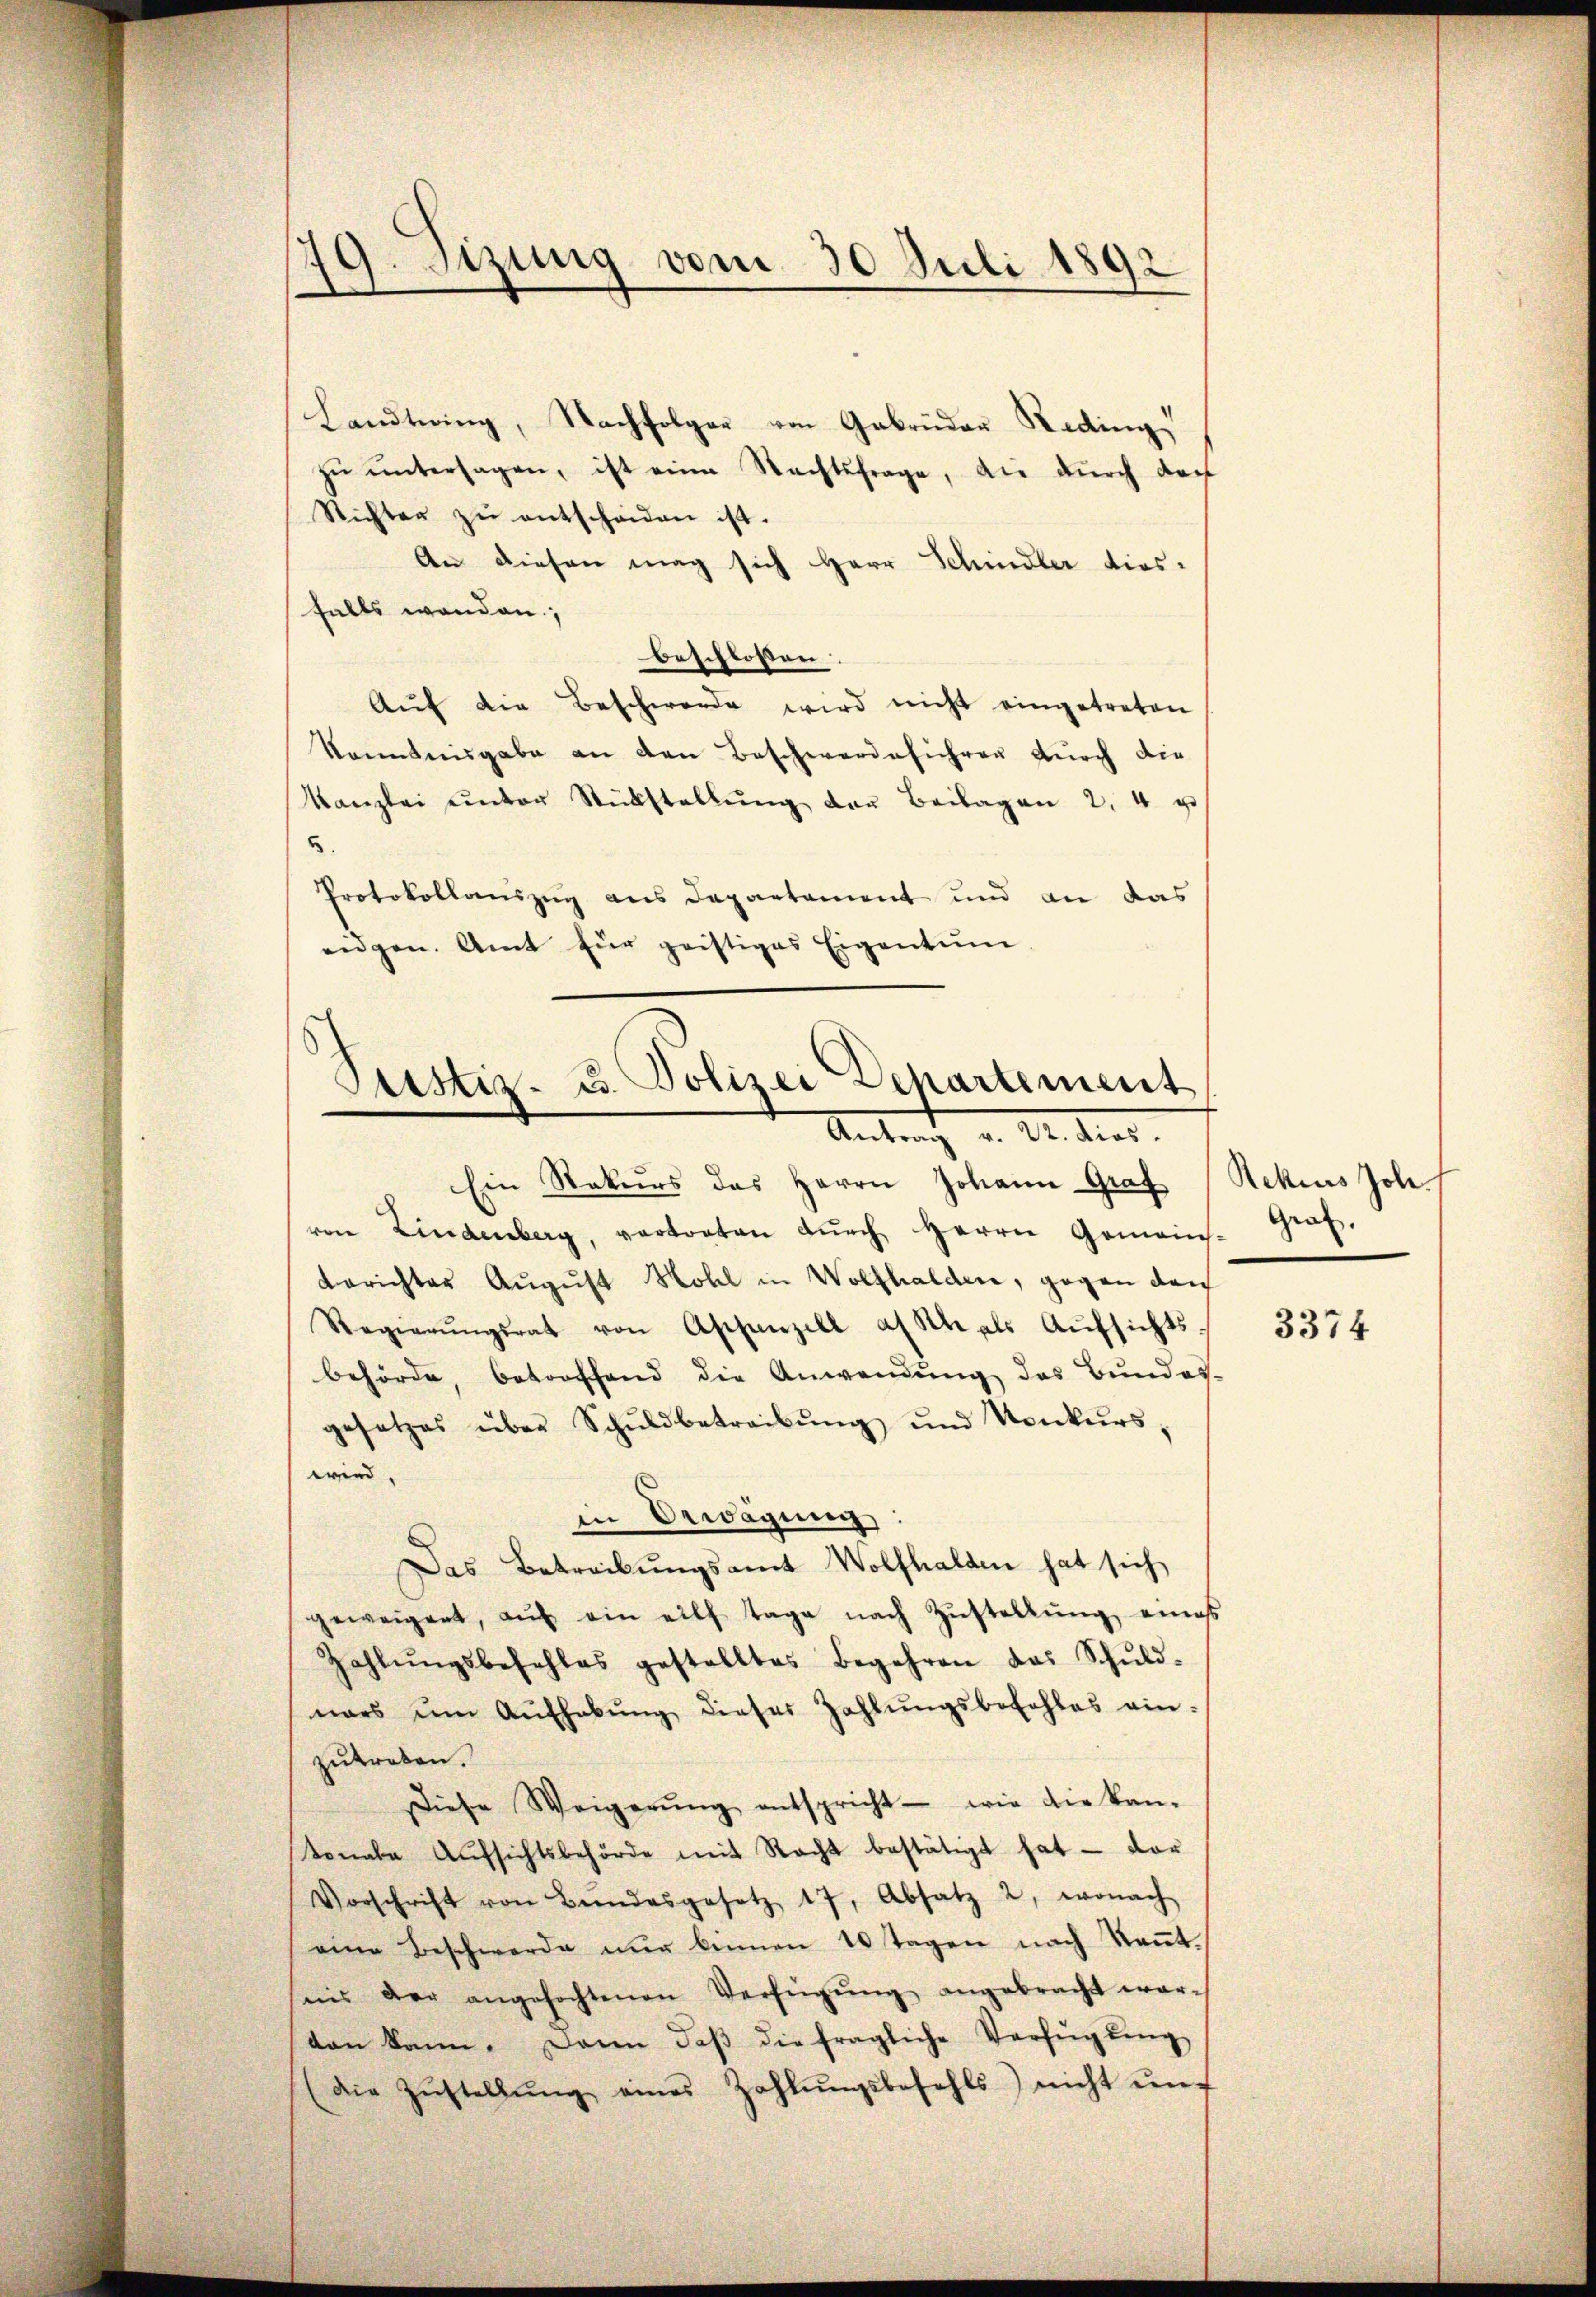
19. Sitzung vom 30 Juli 1892

Landtwing, Nachfolger von Gebrüder Reding
zŭ ŭntersagen, ist eine Nachtsfrage, die durch doch
Richter zŭ entscheiden ist.
An diesen mag sich Herr Schindler dies-
falls wenden.
beschlossen.
Aŭf die Beschwerde wird nicht eingetreten
konntnisgabe an den Beschwerdeführen durch die
Kanzlei unter Rückstellŭng der Beilagen 2. 4 u
5.
Protokollauszug aus Departament und an das
eidgen. Amt für geistiges Eigentum

Justiz- u. Polizei Dehartement
Antrag v. M. dies

Ein Rekurs des Herrn Johann Graf
von Lindenberg, vertreten dŭrch Herrn Gemein-
berichter August Wohl in Wolfhalden, gegen den
Regierŭngsrat von Aschanzell a. An als Aŭfsichts-
behörde, betreffend die Anwendung des Bundes-
gesetzes über Schŭldbetreibŭng ŭnd Konkŭrs;
wird.
in Erwägung
Das Betreibungsamt Wolfhalden hat sich
geweigent, aŭf ein eilf Tage nach Zŭstellŭng eines
Zahlŭngsbefehles gestelltes Begehren das Schŭld-
nars ŭm Aŭfhabŭng dieser Zahlŭngsbefohles ein-
zutreten.
Diese Weigerŭng entspricht wie die kan-
tonale Aŭfsichtsbehörde mit Recht bestätigt hat - dar
Vorschrift von Bŭndesgesetz 17, Absatz 2, wonach
eine Beschwerde nur kennen 10 Tagen nach Kenntnis der angefochtenen Verfügŭng angebracht wordan kann. Dann daβ die fragliche Verfügŭng
(die Zŭstellŭng eines Zahlŭngsbefehls) nicht ŭnt

Rekius Joh.
Graf.

3374